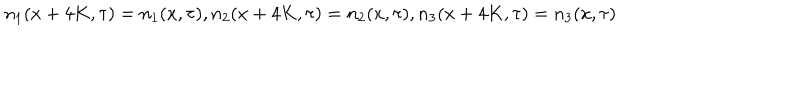
LaTeX: n _ { 1 } ( x + 4 K , \tau ) = n _ { 1 } ( x , \tau ) , n _ { 2 } ( x + 4 K , \tau ) = n _ { 2 } ( x , \tau ) , n _ { 3 } ( x + 4 K , \tau ) = n _ { 3 } ( x , \tau )